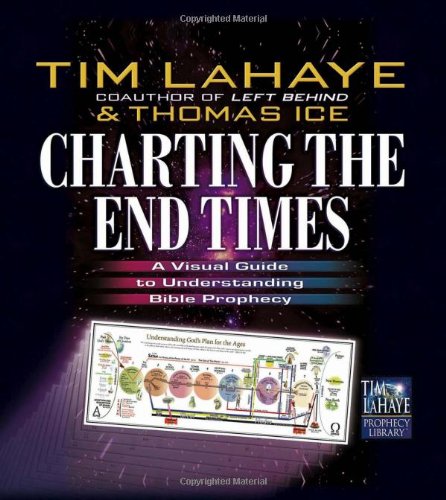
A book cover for Charting the End Times: A Visual Guide to Understanding Bible Prophecy (Tim LaHaye Prophecy Library); Tim LaHaye; Christian Books & Bibles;